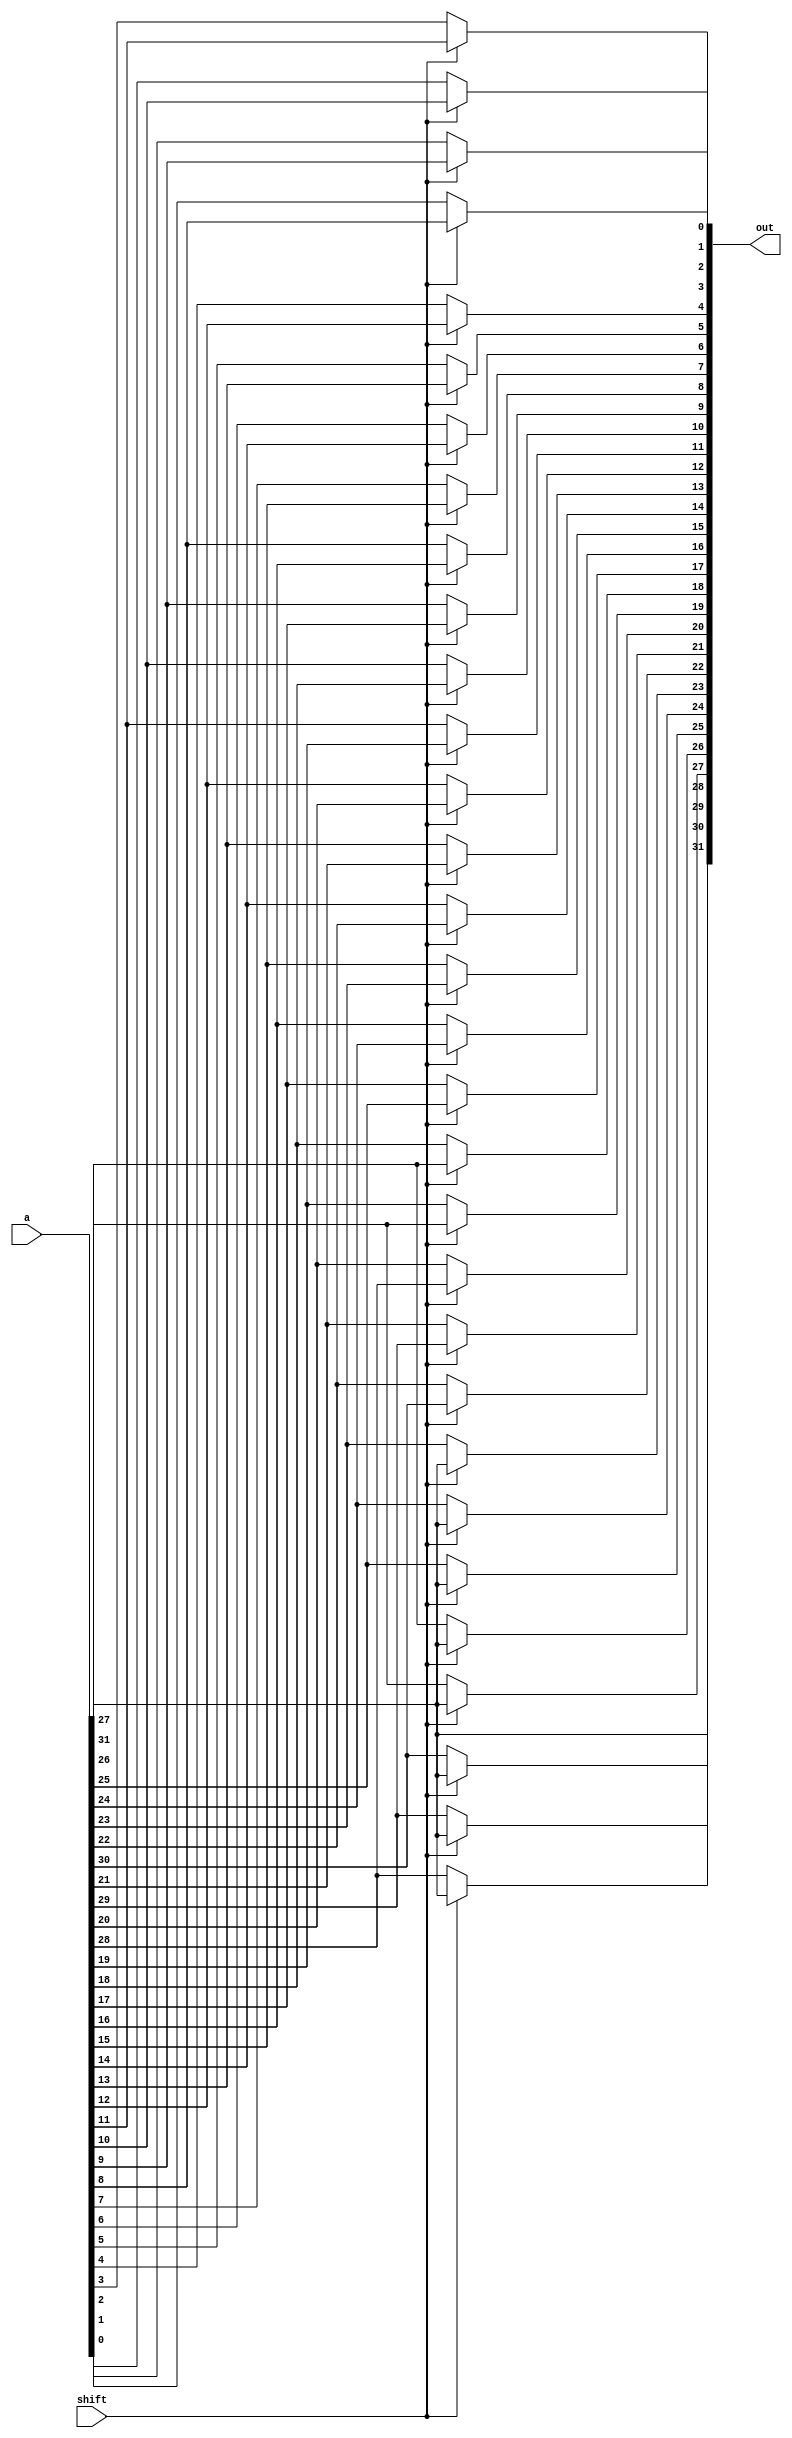
module rshift8_32(out, a, shift);
    input shift;
    input [31:0] a;
    output [31:0] out;

    assign out[31] = shift ? a[31] : a[31];
    assign out[30] = shift ? a[31] : a[30];
    assign out[29] = shift ? a[31] : a[29];
    assign out[28] = shift ? a[31] : a[28];
    assign out[27] = shift ? a[31] : a[27];
    assign out[26] = shift ? a[31] : a[26];
    assign out[25] = shift ? a[31] : a[25];
    assign out[24] = shift ? a[31] : a[24];
    assign out[23] = shift ? a[31] : a[23];
    assign out[22] = shift ? a[30] : a[22];
    assign out[21] = shift ? a[29] : a[21];
    assign out[20] = shift ? a[28] : a[20];
    assign out[19] = shift ? a[27] : a[19];
    assign out[18] = shift ? a[26] : a[18];
    assign out[17] = shift ? a[25] : a[17];
    assign out[16] = shift ? a[24] : a[16];
    assign out[15] = shift ? a[23] : a[15];
    assign out[14] = shift ? a[22] : a[14];
    assign out[13] = shift ? a[21] : a[13];
    assign out[12] = shift ? a[20] : a[12];
    assign out[11] = shift ? a[19] : a[11];
    assign out[10] = shift ? a[18] : a[10];
    assign out[9]  = shift ? a[17] : a[9] ;
    assign out[8]  = shift ? a[16] : a[8] ;
    assign out[7]  = shift ? a[15] : a[7] ;
    assign out[6]  = shift ? a[14] : a[6] ;
    assign out[5]  = shift ? a[13] : a[5] ;
    assign out[4]  = shift ? a[12] : a[4] ;
    assign out[3]  = shift ? a[11] : a[3] ;
    assign out[2]  = shift ? a[10] : a[2] ;
    assign out[1]  = shift ? a[9]  : a[1] ;
    assign out[0]  = shift ? a[8]  : a[0] ; 
endmodule